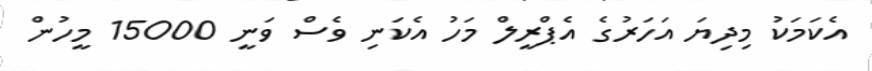
އެކަމަކު މިދިޔަ އަހަރުގެ އެޕްރީލް މަހު އެކަނި ވެސް ވަނީ 15000 މީހުން